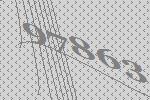
97863